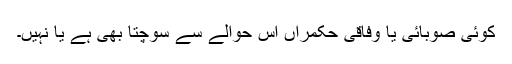
کوئی صوبائی یا وفاقی حکمراں اس حوالے سے سوچتا بھی ہے یا نہیں۔